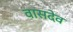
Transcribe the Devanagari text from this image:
वासदेव